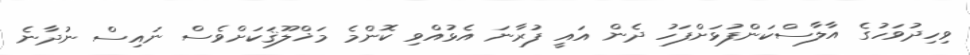
ވިހިދުވަހުގެ އާލާސްކަންފުޅަށްފަހު ދެން އައީ ފުރާނަ އެޅުއްވި ކޮންމެ މަޚްލޫޤަކަށްވެސް ނައިސް ނުދާނެ